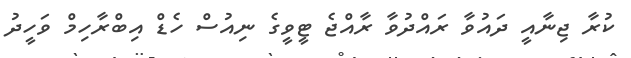
ކުރާ ޖިނާއީ ދައުވާ ރައްދުވާ ރާއްޖެ ޓީވީގެ ނިއުސް ހެޑް އިބްރާހިމް ވަހީދު